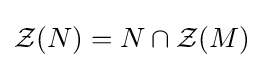
{\mathcal {Z}}(N)=N\cap {\mathcal {Z}}(M)